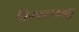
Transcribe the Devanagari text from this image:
तिरुवलयनाटु